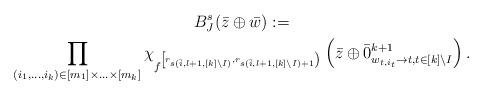
LaTeX: \begin{gather*}B^{s}_J(\bar{z} \oplus \bar{w}) := \\ \prod_{\substack{(i_1, \ldots, i_k) \in [m_1] \times \ldots \times [m_k] }} \chi_{f^{\left[r_{s(\bar{i},l+1,[k]\setminus I)}, r_{s(\bar{i},l+1,[k] \setminus I)+1} \right)}} \left(\bar{z} \oplus \bar{0}^{k+1}_{w_{t,i_t} \to t, t \in [k] \setminus I}\right).\end{gather*}